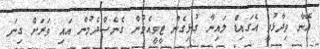
އޭނާ ވިދާޅުވީ އެގައިޑް ލައިނާ ގުޅިގެން ޓީވީއެމުން ގެނެސްދެމުން އައި ވަރަށް ގިނަ